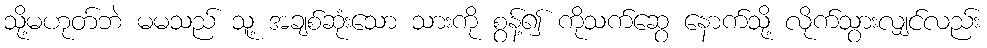
သို့မဟုတ်ဘဲ မမသည် သူ့ အချစ်ဆုံးသော သားကို စွန့်၍ ကိုသက်ဆွေ နောက်သို့ လိုက်သွားလျှင်လည်း